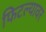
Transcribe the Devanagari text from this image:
फिटल्यावर